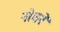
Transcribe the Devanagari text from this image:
नोचने